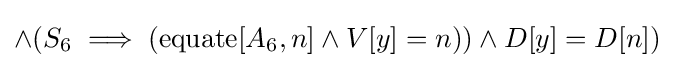
\land (S_{6}\implies (\operatorname {equate} [A_{6},n]\land V[y]=n))\land D[y]=D[n])